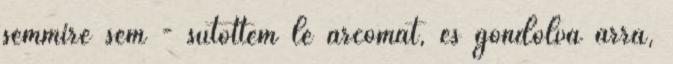
semmire sem - sütöttem le arcomat, és gondolva arra,